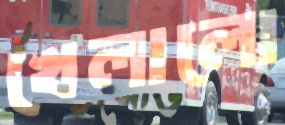
খেলালো